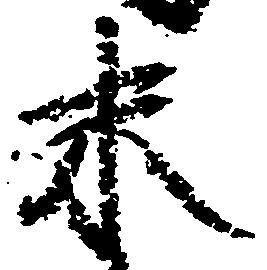
未